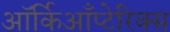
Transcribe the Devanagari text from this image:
ऑर्किआँप्टेरिक्स